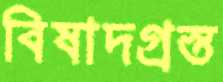
বিষাদগ্রস্ত